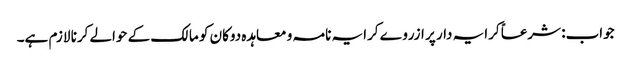
جواب: شرعاً کرایہ دار پر ازروے کرایہ نامہ و معاہدہ دوکان کو مالک کے حوالے کرنا لازم ہے۔